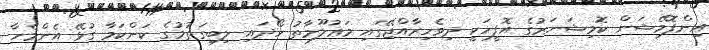
އިންފޮމޭޝަން ކޮމިޝަނަރުގެ އޮފީހަކީ ދިވެހިރާއްޖޭގައި މަޢުލޫމާތު ހޯދައި ލިބިގަތުމުގެ ކަންކަމާ ގުޅޭ އެންމެހާ